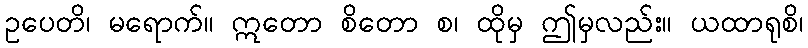
ဥပေတိ၊ မရောက်။ ဣတော စိတော စ၊ ထိုမှ ဤမှလည်း။ ယထာရုစိ၊